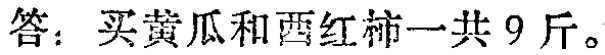
答：买黄瓜和西红柿一共9斤。